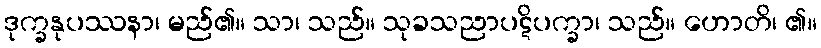
ဒုက္ခနုပဿနာ၊ မည်၏။ သာ၊ သည်။ သုခသညာပဋိပက္ခာ၊ သည်။ ဟောတိ၊ ၏။